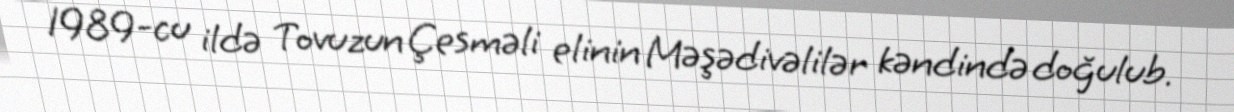
1989-cu ildə Tovuzun Çesməli elinin Məşədivəlilər kəndində doğulub.